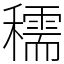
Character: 穤